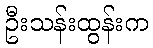
ဦးသန်းထွန်းက